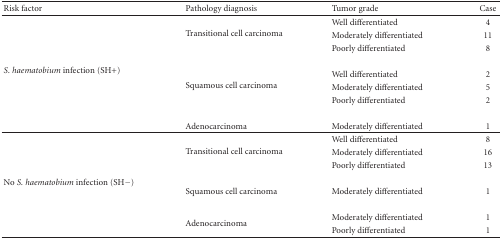
<table><thead><tr><td><b>Risk factor</b></td><td><b>Pathology diagnosis</b></td><td><b>Tumor grade</b></td><td><b>Case</b></td></tr></thead><tbody><tr><td rowspan="9"><i>S. haematobium </i>infection (SH+)</td><td rowspan="3">Transitional cell carcinoma</td><td>Well differentiated</td><td>4</td></tr><tr><td>Moderately differentiated</td><td>11</td></tr><tr><td>Poorly differentiated</td><td>8</td></tr><tr><td rowspan="3">Squamous cell carcinoma</td><td>Well differentiated</td><td>2</td></tr><tr><td>Moderately differentiated</td><td>5</td></tr><tr><td>Poorly differentiated</td><td>2</td></tr><tr><td>Adenocarcinoma</td><td>Moderately differentiated</td><td>1</td></tr><tr><td rowspan="8">No <i>S. haematobium </i>infection (SH−)</td><td rowspan="3">Transitional cell carcinoma</td><td>Well differentiated</td><td>8</td></tr><tr><td>Moderately differentiated</td><td>16</td></tr><tr><td>Poorly differentiated</td><td>13</td></tr><tr><td>Squamous cell carcinoma</td><td>Moderately differentiated</td><td>1</td></tr><tr><td rowspan="2">Adenocarcinoma</td><td>Moderately differentiated</td><td>1</td></tr><tr><td>Poorly differentiated</td><td>1</td></tr></tbody></table>